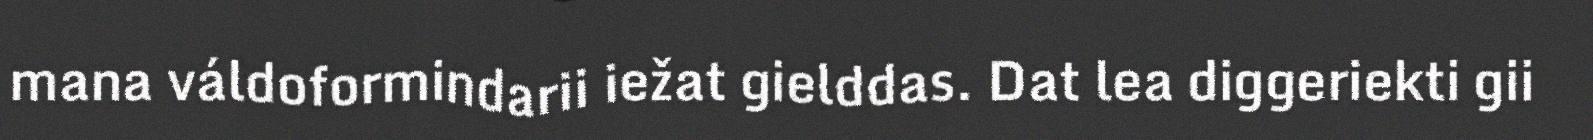
mana váldoformindarii iežat gielddas. Dat lea diggeriekti gii